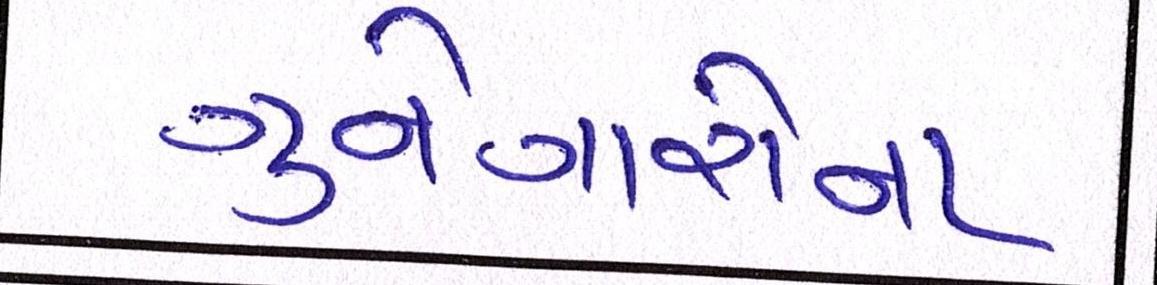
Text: ગુનેગારોના